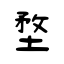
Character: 堥